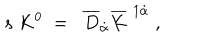
s \; K ^ { 0 } \; = \; \; \overline { { { D } } } _ { \dot { \alpha } } \overline { { { K } } } ^ { \; 1 \dot { \alpha } } \; , \;